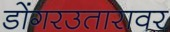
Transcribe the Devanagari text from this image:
डोंगरउतारावर